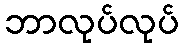
ဘာလုပ်လုပ်